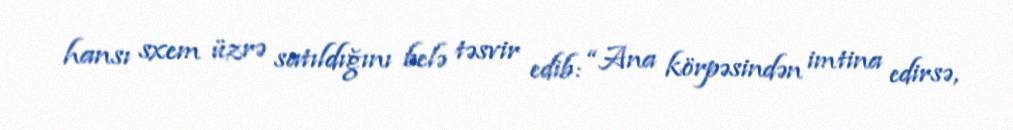
hansı sxem üzrə satıldığını belə təsvir edib: “Ana körpəsindən imtina edirsə,